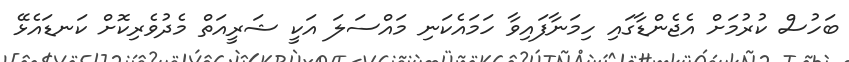
ބަހުސް ކުރުމަށް އެޖެންޑާގައި ހިމަނާފައިވާ ހަމައެކަނި މައްސަލަ އަކީ ޝަރީއަތް މެދުވެރިކޮށް ކަނޑައެޅޭ